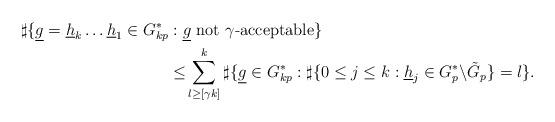
LaTeX: \begin{align*}\sharp\{\underline{g}= \underline h_k \dots \underline h_1 \in G^*_{kp}&:\underline{g} \mbox{ not $\gamma$-acceptable}\}\\ &\leq\! \displaystyle\sum_{l\geq [\gamma k]}^k\sharp\{\underline{g}\in G^*_{kp}:\sharp\{0\leq j\leq k:\underline{h}_j\in G^*_p\backslash\tilde G_p\}=l\}.\end{align*}